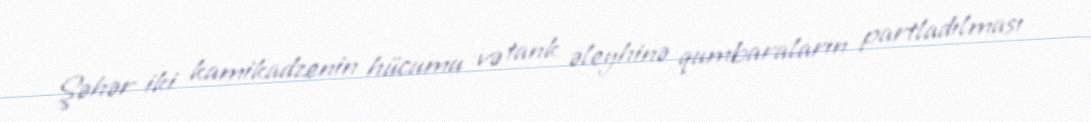
Şəhər iki kamikadzenin hücumu və tank əleyhinə qumbaraların partladılması